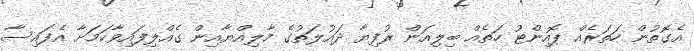
އެގޮތުން ހަތަރެއް ޕޮއިންޓު ހަތެއް ބިލިއަން ރުފިޔާ ދައުލަތުގެ މާލިއްޔާއިން ގެއްލިފައިވާކަމަށާ އެފައިސާ